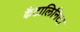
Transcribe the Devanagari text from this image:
कैटालिनिटा